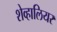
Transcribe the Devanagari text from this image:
शेव्हालियर